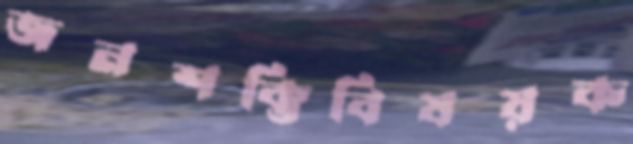
জনশক্তিবিষয়ক